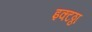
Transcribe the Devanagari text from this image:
इक्टठ्ठा